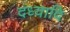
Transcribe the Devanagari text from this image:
दध्यादि